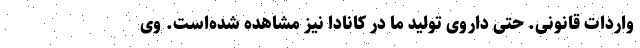
واردات قانونی. حتی داروی تولید ما در کانادا نیز مشاهده شده‌است. وی